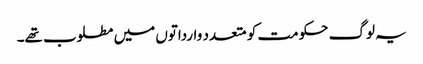
یہ لوگ حکومت کو متعدد وارداتوں میں مطلوب تھے۔